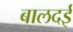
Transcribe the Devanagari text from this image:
बालदई